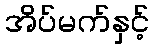
အိပ်မက်နှင့်